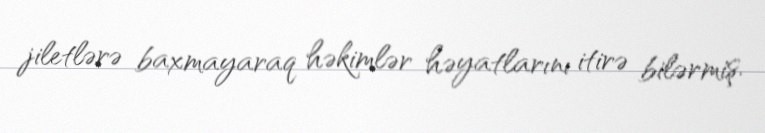
jiletlərə baxmayaraq həkimlər həyatlarını itirə bilərmiş.